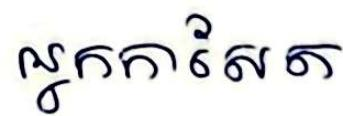
អ្នកកាសែត